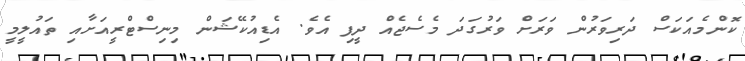
ކޮންމެއަކަސް ދަރިވަރުން ވަރަށް ވަރުގަދަ މެސެޖެއް ދީފި އެވެ. އެޑިއުކޭޝަން މިނިސްޓްރީއަށާއި ތައުލީމީ